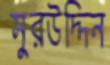
সুরউদ্দিন